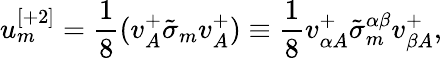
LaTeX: u_{{m}}^{{[+2]}}={\frac{1}{8}}(v_{{A}}^{+}\tilde{\sigma}_{{m}}v_{{A}}^{+})\equiv{\frac{1}{8}}v_{\alpha{A}}^{+}\tilde{\sigma}_{{m}}^{\alpha\beta}v_{\beta{A}}^{+},